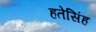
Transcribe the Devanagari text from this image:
हतेसिंह